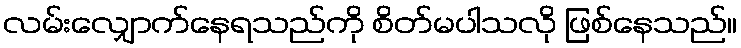
လမ်းလျှောက်နေရသည်ကို စိတ်မပါသလို ဖြစ်နေသည်။